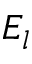
E _ { l }